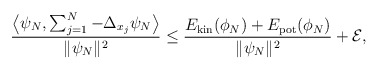
\begin{align*} \frac{\big\langle \psi_N, \sum_{j=1}^N -\Delta_{x_j} \psi_N\big\rangle}{\|\psi_N\|^2} \le \frac{E_\mathrm{kin}(\phi_N)+E_\mathrm{pot}(\phi_N)}{\|\psi_N\|^2}+\mathcal{E},\end{align*}